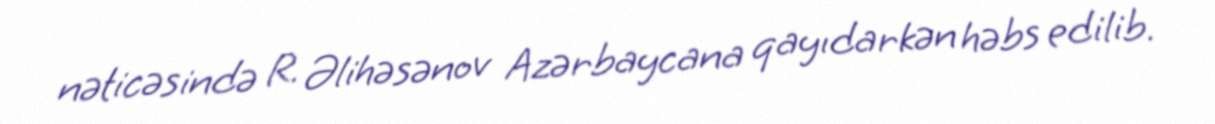
nəticəsində R. Əlihəsənov Azərbaycana qayıdarkən həbs edilib.